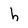
Character: h